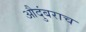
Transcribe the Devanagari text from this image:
औदुंबराच